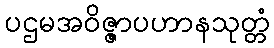
ပဌမအဝိဇ္ဇာပဟာနသုတ္တံ